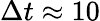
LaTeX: \Delta t\approx 10